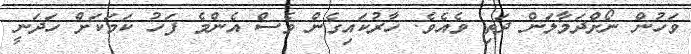
ވަހުން ނޯށްދަމާލަން ދަތި ވެއެވެ. ހާރުކައިގެން ވެސް އެންމެ ފަހު ކަމަކަށް ހަދަނީ